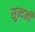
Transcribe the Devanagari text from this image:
सुन्दनी